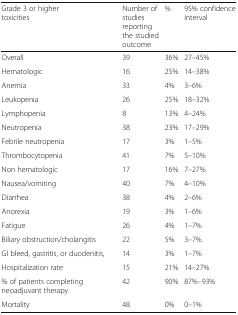
| Grade 3 or higher toxicities | Number of studies reporting the studied outcome | % | 95% confidence interval |
 | --- | --- | --- | --- |
 | Overall | 39 | 36% | 27–45% |
 | Hematologic | 16 | 25% | 14–38% |
 | Anemia | 33 | 4% | 3–6% |
 | Leukopenia | 26 | 25% | 18–32% |
 | Lymphopenia | 8 | 13% | 4–24% |
 | Neutropenia | 38 | 23% | 17–29% |
 | Febrile neutropenia | 17 | 3% | 1–5% |
 | Thrombocytopenia | 41 | 7% | 5–10% |
 | Non hematologic | 17 | 16% | 7–27% |
 | Nausea/vomiting | 40 | 7% | 4–10% |
 | Diarrhea | 38 | 4% | 2–6% |
 | Anorexia | 19 | 3% | 1–6% |
 | Fatigue | 26 | 4% | 1–7% |
 | Biliary obstruction/cholangitis | 22 | 5% | 3–7% |
 | GI bleed, gastritis, or duodenitis, | 14 | 3% | 1–7% |
 | Hospitalization rate | 15 | 21% | 14–27% |
 | % of patients completing neoadjuvant therapy | 42 | 90% | 87%–93% |
 | Mortality | 48 | 0% | 0–1% |